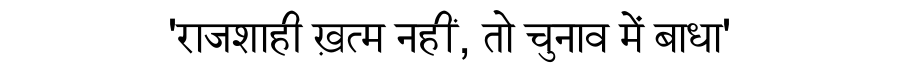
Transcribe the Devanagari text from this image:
'राजशाही ख़त्म नहीं, तो चुनाव में बाधा'